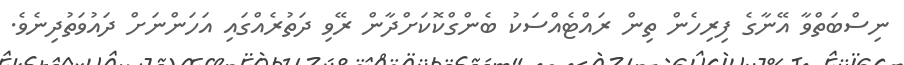
ނިސްބަތްވާ އޭނާގެ ފިރިހެން ތިން ރައްޓެއްސަކު ބެންގްކޮކަށްދާން ރޭވި ދަތުރެއްގައި އަހަންނަށް ދައުވަތުދިނެވެ.